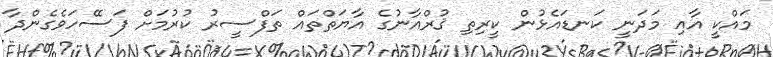
މައްކީ އާއި މަދަނީ ކަނޑައެޅުން ކީރިތި ޤުރްއާނުގެ އާޔަތްތައް ތަފްސީރު ކުރުމަށް ފަސޭހަވެގެންދާ